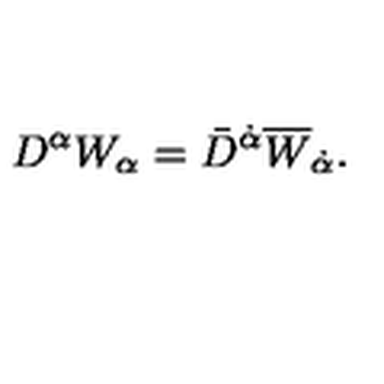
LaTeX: D ^ { \alpha } W _ { \alpha } = \bar { D } ^ { \dot { \alpha } } \overline { W } _ { \dot { \alpha } } .